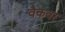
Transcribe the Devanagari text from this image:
वैकवर